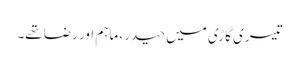
تیسری گاڑی میں حیدر ، ماہم اور رضا تھے۔